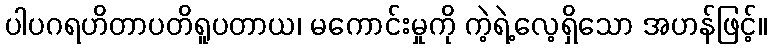
ပါပဂရဟိတာပတိရူပတာယ၊ မကောင်းမှုကို ကဲ့ရဲ့လေ့ရှိသော အဟန်ဖြင့်။